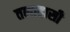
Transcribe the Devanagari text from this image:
तलाहासी